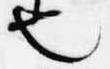
也